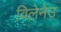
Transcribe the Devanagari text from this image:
विलेनेउ